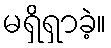
မရှိရှာခဲ့။